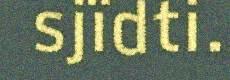
sjïdti.